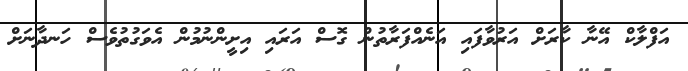
އަފްލާކް އޭނާ ކާރަށް އަރުވާފައި އަނެއްފަރާތުން ގޮސް އަރައި އިށީންނުމުން އެވަގުތުވެސް ހަނދާނަށް